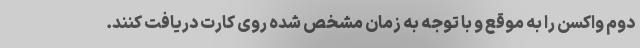
دوم واکسن را به موقع و با توجه به زمان مشخص شده روی کارت دریافت کنند.